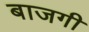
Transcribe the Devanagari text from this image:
बाजगी